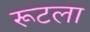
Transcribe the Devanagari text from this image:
रूटला